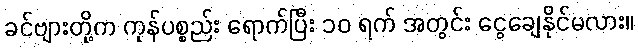
ခင်ဗျားတို့က ကုန်ပစ္စည်း ရောက်ပြီး ၁၀ ရက် အတွင်း ငွေချေနိုင်မလား။